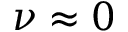
\nu \approx 0